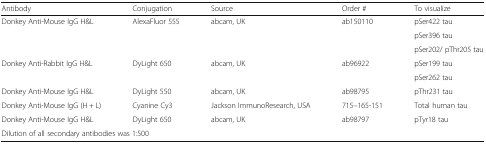
<table><thead><tr><td><b>Antibody</b></td><td><b>Conjugation</b></td><td><b>Source</b></td><td><b>Order #</b></td><td><b>To visualize</b></td></tr></thead><tbody><tr><td rowspan="3">Donkey Anti-Mouse IgG H&amp;L</td><td rowspan="3">AlexaFluor 555</td><td rowspan="3">abcam, UK</td><td rowspan="3">ab150110</td><td>pSer422 tau</td></tr><tr><td>pSer396 tau</td></tr><tr><td>pSer202/ pThr205 tau</td></tr><tr><td rowspan="2">Donkey Anti-Rabbit IgG H&amp;L</td><td rowspan="2">DyLight 650</td><td rowspan="2">abcam, UK</td><td rowspan="2">ab96922</td><td>pSer199 tau</td></tr><tr><td>pSer262 tau</td></tr><tr><td>Donkey Anti-Mouse IgG H&amp;L</td><td>DyLight 550</td><td>abcam, UK</td><td>ab98795</td><td>pThr231 tau</td></tr><tr><td>Donkey Anti-Mouse IgG (H + L)</td><td>Cyanine Cy3</td><td>Jackson ImmunoResearch, USA</td><td>715–165-151</td><td>Total human tau</td></tr><tr><td>Donkey Anti-Mouse IgG H&amp;L</td><td>DyLight 650</td><td>abcam, UK</td><td>ab98797</td><td>pTyr18 tau</td></tr><tr><td colspan="5">Dilution of all secondary antibodies was 1:500</td></tr></tbody></table>